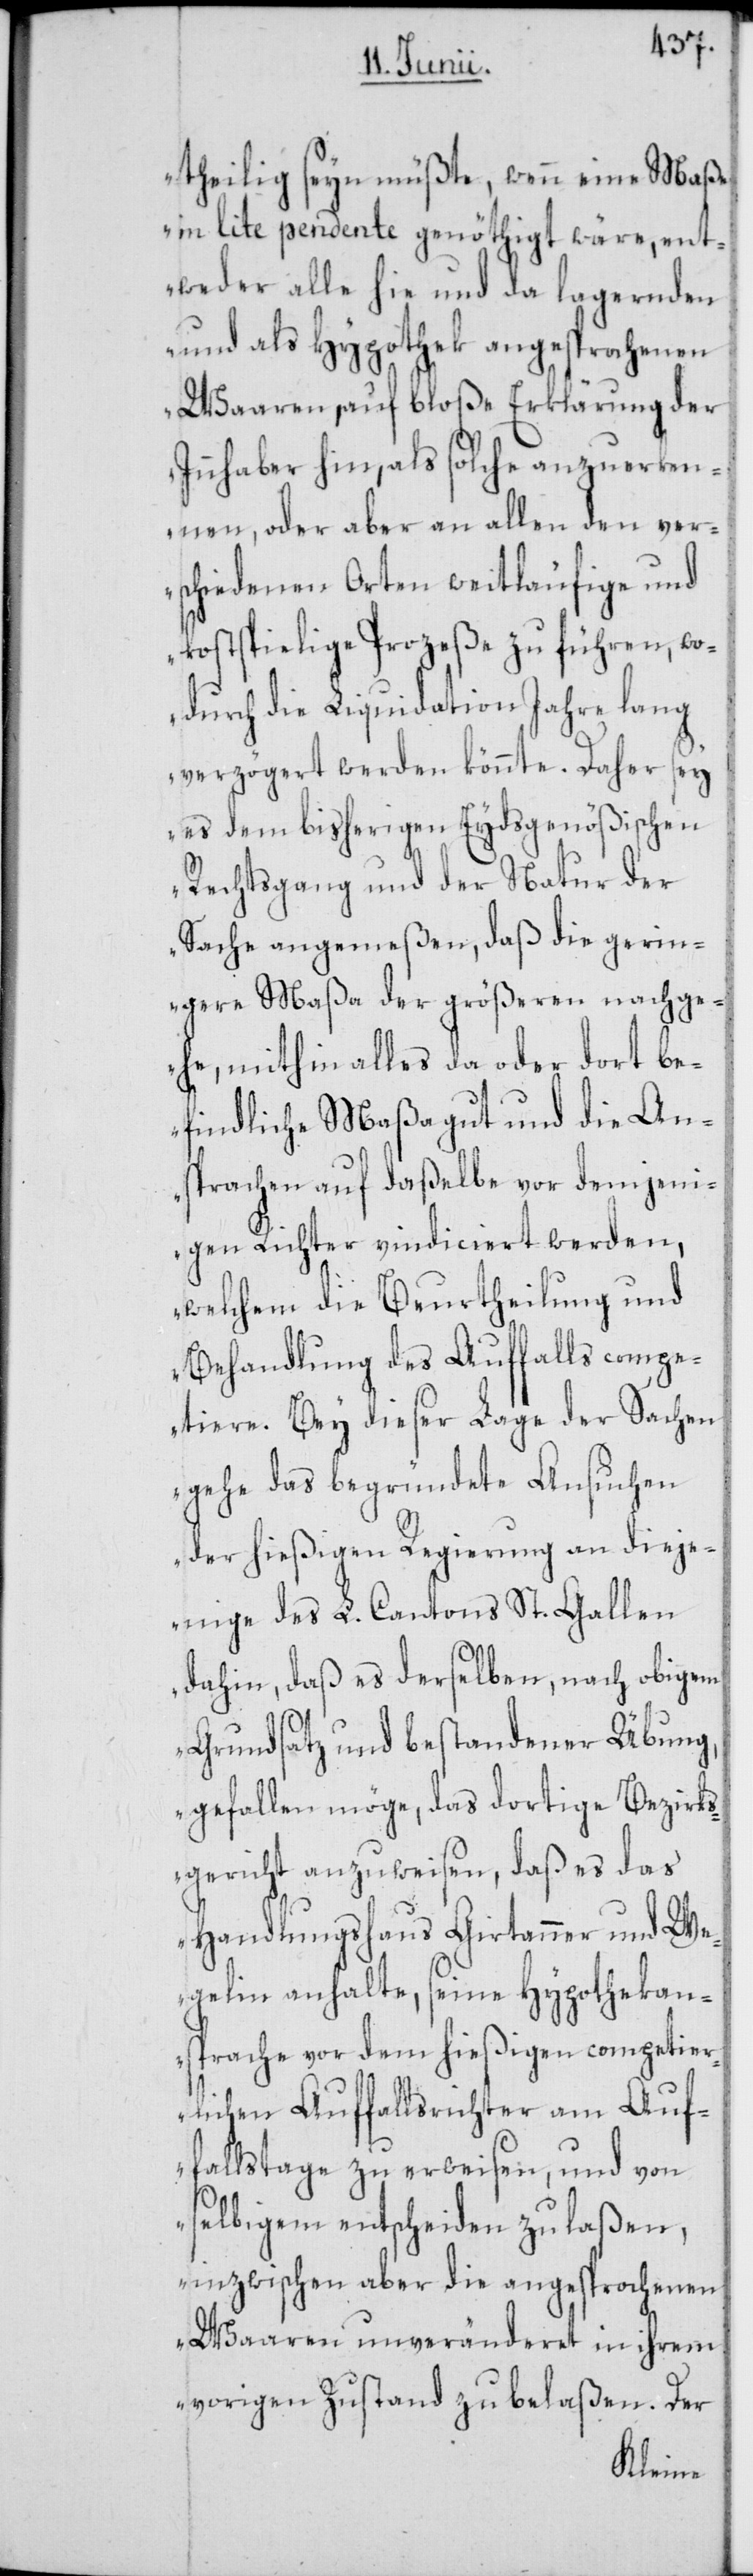
theilig seyn müßte, wenn eine Maße
in lite pendente genöthigt wäre, ent¬
weder alle hie und da lagernden
und als Hypothek angesprochenen
Waaren, auf bloße Erklärung der
Innhaber hin, als solche anzuerken¬
nen, oder aber an allen den ver¬
schiedenen Orten weitläufige und
kostspielige Prozeße zu führen, wo¬
durch die Liquidation Jahre lang
verzögert werden könnte. Daher sey
es dem bisherigen Eydsgenößischen
Rechtsgang und der Natur der
Sache angemeßen, daß die gerin¬
gere Maßa der größeren nachge¬
he, mithin alles da oder dort be¬
findliche Maßagut und die An¬
sprachen auf daßelbe vor demjeni¬
gen Richter vindiciert werden,
welchem die Beurtheilung und
Behandlung des Auffalls compe¬
tiere. Bey dieser Lage der Sachen
gehe das begründete Ansuchen
der hießigen Regierung an dieje¬
inge des L. Cantons St. Gallen
dahin, daß es derselben, nach obigem
Grundsatz und bestandener Übung,
gefallen möge, das dortige Bezirks¬
gericht anzuweisen, daß es das
Handlungshaus Girtanner & We¬
gelin anhalte, seine Hypothekan¬
sprache vor dem hießigen competier¬
lichen Auffallsrichter am Auf¬
fallstage zu erweisen, und von
selbigem entscheiden zu laßen,
inzwischen aber die angesprochenen
Waaren unveränderet in ihrem
vorigen Zustand zu belaßen. Der